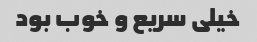
خیلی سریع و خوب بود